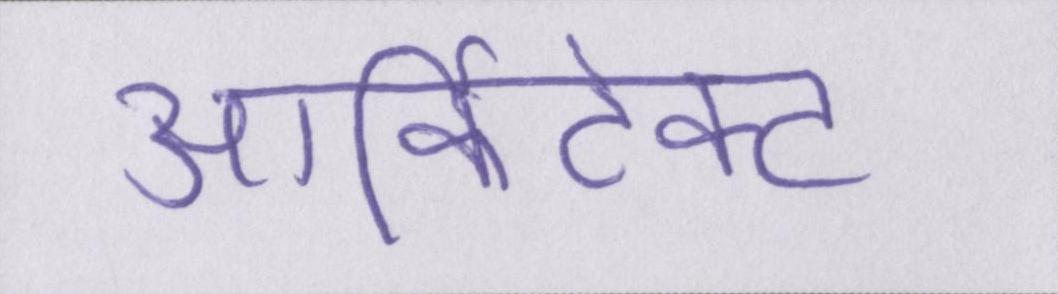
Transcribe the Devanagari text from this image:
आर्किटेक्ट